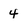
Character: 4